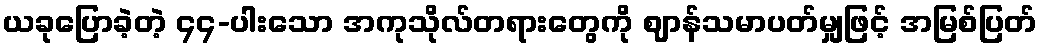
ယခုပြောခဲ့တဲ့ ၄၄-ပါးသော အကုသိုလ်တရားတွေကို ဈာန်သမာပတ်မျှဖြင့် အမြစ်ပြတ်